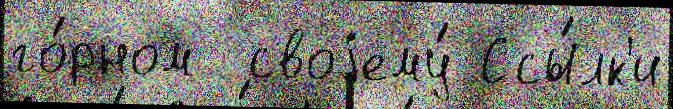
го́рном  своjему́ Ссы́лк'и